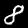
Digit: 8